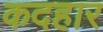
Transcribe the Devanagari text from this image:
कदहार